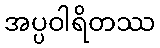
အပ္ပဝါရိတဿ